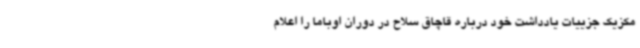
مکزیک جزییات یادداشت خود درباره قاچاق سلاح در دوران اوباما را اعلام